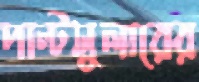
পান্টসুলারের